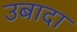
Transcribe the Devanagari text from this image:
उबादा